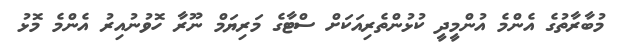
މުބާރާތުގެ އެންމެ އުންމީދީ ކުޅުންތެރިއަކަށް ސްޓާގެ މަރިޔަމް ނޫރާ ހޮވުނުއިރު އެންމެ މޮޅު